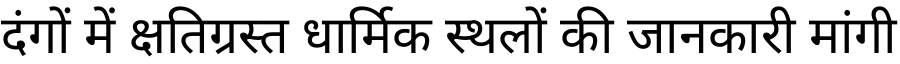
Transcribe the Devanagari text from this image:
दंगों में क्षतिग्रस्त धार्मिक स्थलों की जानकारी मांगी